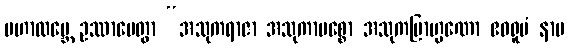
မဟာထမ္ဘေ ဥဿာပေတွာ “အသုကရာဇာ အသုကာမစ္စော အသုကဗြာဟ္မဏော ဧဝရူပံ နာမ